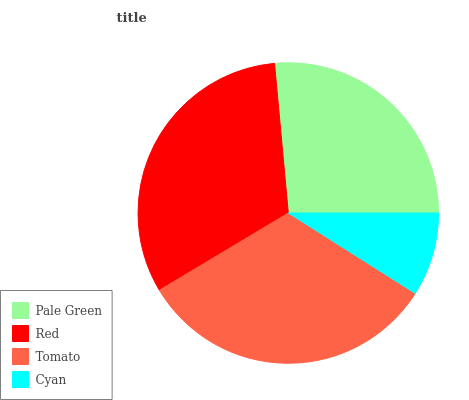
| Pale Green | Red | Tomato | Cyan |
 | --- | --- | --- | --- |
 | 26.4% | 32.1% | 32.5% | 8.99% |